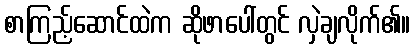
စာကြည့်ဆောင်ထဲက ဆိုဖာပေါ်တွင် လှဲချလိုက်၏။